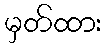
မှတ်ထား